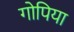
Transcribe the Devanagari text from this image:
गोपिया